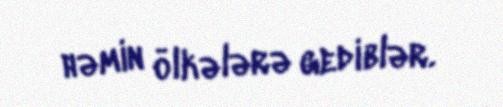
həmin ölkələrə gediblər.